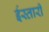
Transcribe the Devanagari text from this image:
ईस्तारी